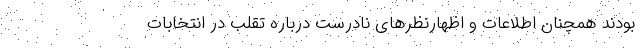
بودند همچنان اطلاعات و اظهارنظرهای نادرست درباره تقلب در انتخابات